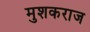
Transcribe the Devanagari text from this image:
मुशकराज